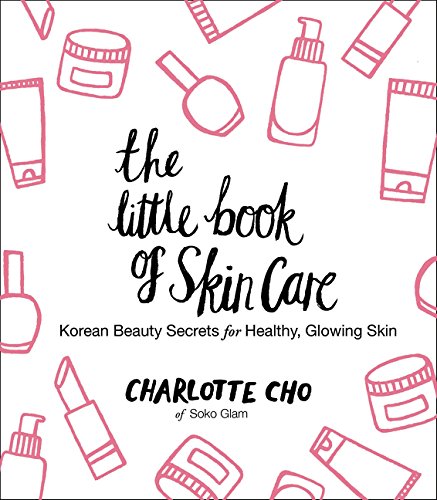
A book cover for The Little Book of Skin Care: Korean Beauty Secrets for Healthy, Glowing Skin; Charlotte Cho; Health, Fitness & Dieting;